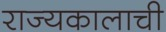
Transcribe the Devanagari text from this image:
राज्यकालाची